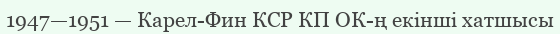
1947—1951 — Карел-Фин КСР КП ОК-ң екінші хатшысы